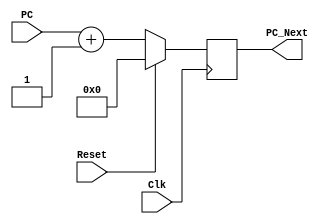
`timescale 1ns / 1ps
//////////////////////////////////////////////////////////////////////////////////
// Company: 
// Engineer: 
// 
// Design Name: 
// Module Name: ProgramCounter
// Project Name: 
// Target Devices: 
// Tool Versions: 
// Description: 
// 
// Dependencies: 
// 
// Revision:
// Revision 0.01 - File Created
// Additional Comments:
// 
//////////////////////////////////////////////////////////////////////////////////


module ProgramCounter(Clk,Reset,PC,PC_Next);
    input Clk;
    input Reset;
    input [15:0] PC;
    output reg [15:0] PC_Next;
    
    always @ (posedge Clk)
    begin
        if(Reset)
        begin
           PC_Next = 0;
        end
        
        else
        begin
            PC_Next = PC + 1;
        end
    end
endmodule